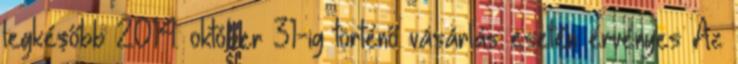
legkésőbb 2014. október 31-ig történő vásárlás esetén érvényes Az